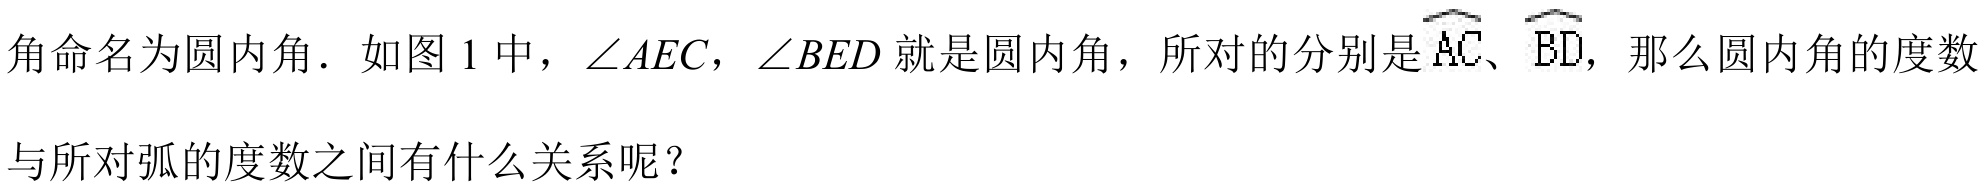
角命名为圆内角．如图 1 中，\(\angle AEC\)，\(\angle BED\) 就是圆内角，所对的分别是\(\overset{\frown}{AC}\)、\(\overset{\frown}{BD}\)，那么圆内角的度数与所对弧的度数之间有什么关系呢？